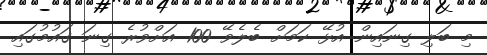
މި ބަލި ގިނައިން އުޅޭ ކަމަށް ބެލެވޭ 100 އަށްވުރެ ގިނަ ގައުމުގައި